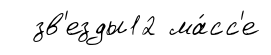
зв'езды12 ма́сс'е